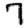
Digit: 7